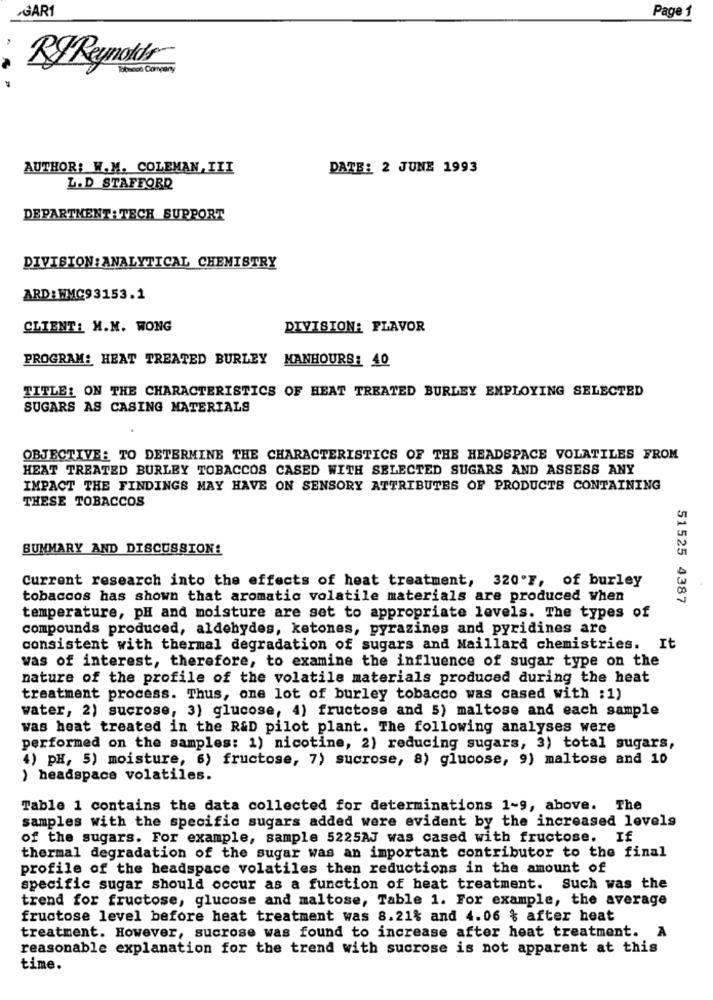
GAR1
Page 1
R& Reynolds
obscon Corrpary
AUTHOR: W.M. COLEMAN,III
DATE: 2 JUNE 1993
L.D STAFFORD
DEPARTMENT: TECH SUPPORT
DIVISION: ANALYTICAL CHEMISTRY
ARD:WMC93153.1
CLIENT: M.M. WONG
DIVISION: FLAVOR
PROGRAM: HEAT TREATED BURLEY MANHOURS: 40
TITLE: ON THE CHARACTERISTICS OF HEAT TREATED BURLEY EMPLOYING SELECTED
SUGARS AS CASING MATERIALS
OBJECTIVE: TO DETERMINE THE CHARACTERISTICS OF THE HEADSPACE VOLATILES FROM
HEAT TREATED BURLEY TOBACCOS CASED WITH SELECTED SUGARS AND ASSESS ANY
IMPACT THE FINDINGS MAY HAVE ON SENSORY ATTRIBUTES OF PRODUCTS CONTAINING
THESE TOBACCOS
SUMMARY AND DISCUSSION:
Current research into the effects of heat treatment, 320'F, of burley
tobaccos has shown that aromatic volatile materials are produced when
51525 4387
temperature, pH and moisture are set to appropriate levels. The types of
compounds produced, aldehydes, ketones, pyrazines and pyridines are
consistent with thermal degradation of sugars and Naillard chemistries. It
was of interest, therefore, to examine the influence of sugar type on the
nature of the profile of the volatile materials produced during the heat
treatment process. Thus, one lot of burley tobacco was cased with :1)
water, 2) sucrose, 3) glucose, 4) fructose and 5) maltose and each sample
was heat treated in the R&D pilot plant. The following analyses were
performed on the samples: 1) nicotine, 2) reducing sugars, 3) total sugars,
4) PH, 5) moisture, 6) fructose, 7) sucrose, 8) glucose, 9) maltose and 10
) headspace volatiles.
Table 1 contains the data collected for determinations 1-9, above. The
samples with the specific sugars added were evident by the increased levels
of the sugars. For example, sample 5225AJ was cased with fructose. If
thermal degradation of the sugar was an important contributor to the final
profile of the headspace volatiles then reductions in the amount of
specific sugar should occur as a function of heat treatment. Such was the
trend for fructose, glucose and maltose, Table 1. For example, the average
fructose level before heat treatment was 8.21% and 4.06 % after heat
treatment. However, sucrose was found to increase after heat treatment. A
reasonable explanation for the trend with sucrose is not apparent at this
time.